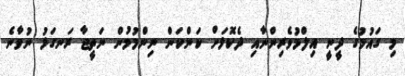
މި ގައުމުގެ ދީނީ އިލްމުވެރިންނާއި ދެކޮޅަށް ކަންކަން ނިންމުމުން ނަތީޖާ ރަނގަޅު ނުވާނެ